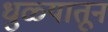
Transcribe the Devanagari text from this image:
धुळ्यातून